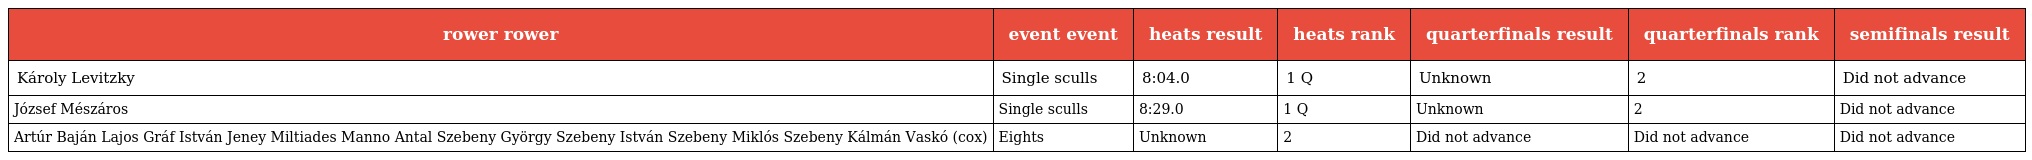
| rower rower | event event | heats result | heats rank | quarterfinals result | quarterfinals rank | semifinals result |
 | --- | --- | --- | --- | --- | --- | --- |
 | Károly Levitzky | Single sculls | 8:04.0 | 1 Q | Unknown | 2 | Did not advance |
 | József Mészáros | Single sculls | 8:29.0 | 1 Q | Unknown | 2 | Did not advance |
 | Artúr Baján Lajos Gráf István Jeney Miltiades Manno Antal Szebeny György Szebeny István Szebeny Miklós Szebeny Kálmán Vaskó (cox) | Eights | Unknown | 2 | Did not advance | Did not advance | Did not advance |